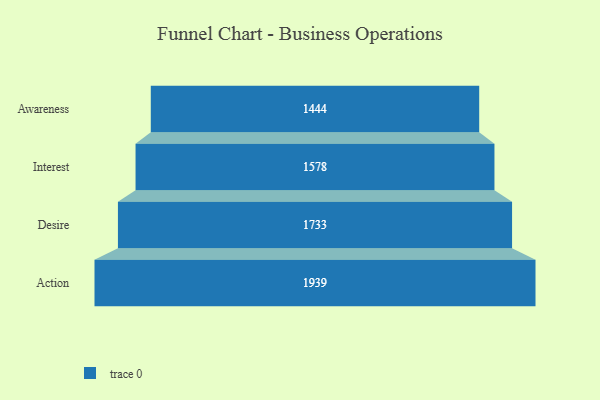
{"axis": {"x": "Stage", "y": "Value"}, "legend": [""], "data": [{"x": "Awareness", "y": 1444.0, "type": ""}, {"x": "Interest", "y": 1578.0, "type": ""}, {"x": "Desire", "y": 1733.0, "type": ""}, {"x": "Action", "y": 1939.0, "type": ""}]}